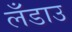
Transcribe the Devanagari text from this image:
लँडाउ